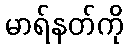
မာရ်နတ်ကို